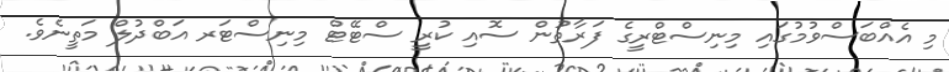
މި އެއްބަސްވުމުގައި މިނިސްޓްރީގެ ފަރާތުން ސޮއި ކުރީ ސްޓޭޓް މިނިސްޓަރ އަބްދުލް މަތީނެވެ.